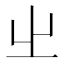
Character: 𡳿